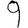
Digit: 9